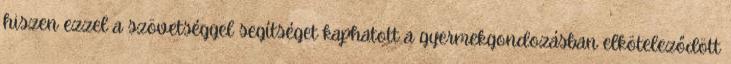
hiszen ezzel a szövetséggel segítséget kaphatott a gyermekgondozásban elköteleződött